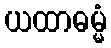
ယထာဓမ္မံ